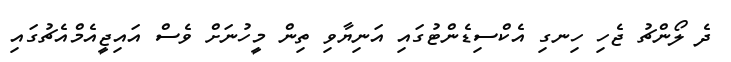
ދެ ލޯންޗު ޖެހި ހިނގި އެކްސިޑެންޓުގައި އަނިޔާވި ތިން މީހުނަށް ވެސް އައިޖީއެމްއެޗުގައި